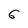
Character: 6